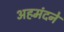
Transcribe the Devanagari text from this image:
अहमंदने